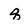
Character: q